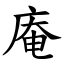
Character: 庵